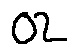
0 2